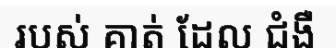
របស់ គាត់ ដែល ជំងឺ